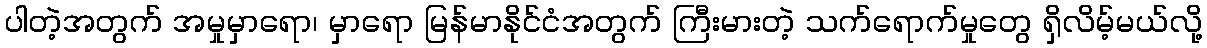
ပါတဲ့အတွက် အမှုမှာရော၊ မှာရော မြန်မာနိုင်ငံအတွက် ကြီးမားတဲ့ သက်ရောက်မှုတွေ ရှိလိမ့်မယ်လို့